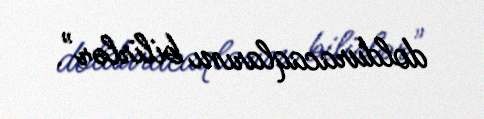
dolduracaqlarını bilirlər".